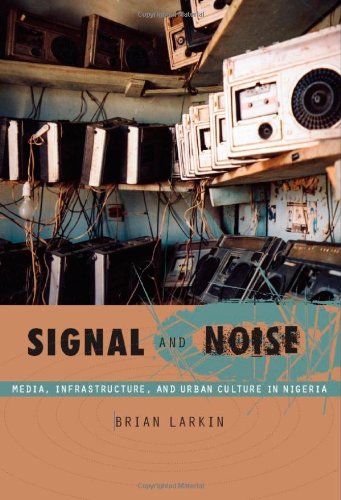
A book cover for Signal and Noise: Media, Infrastructure, and Urban Culture in Nigeria (a John Hope Franklin Center Book); Brian Larkin; History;